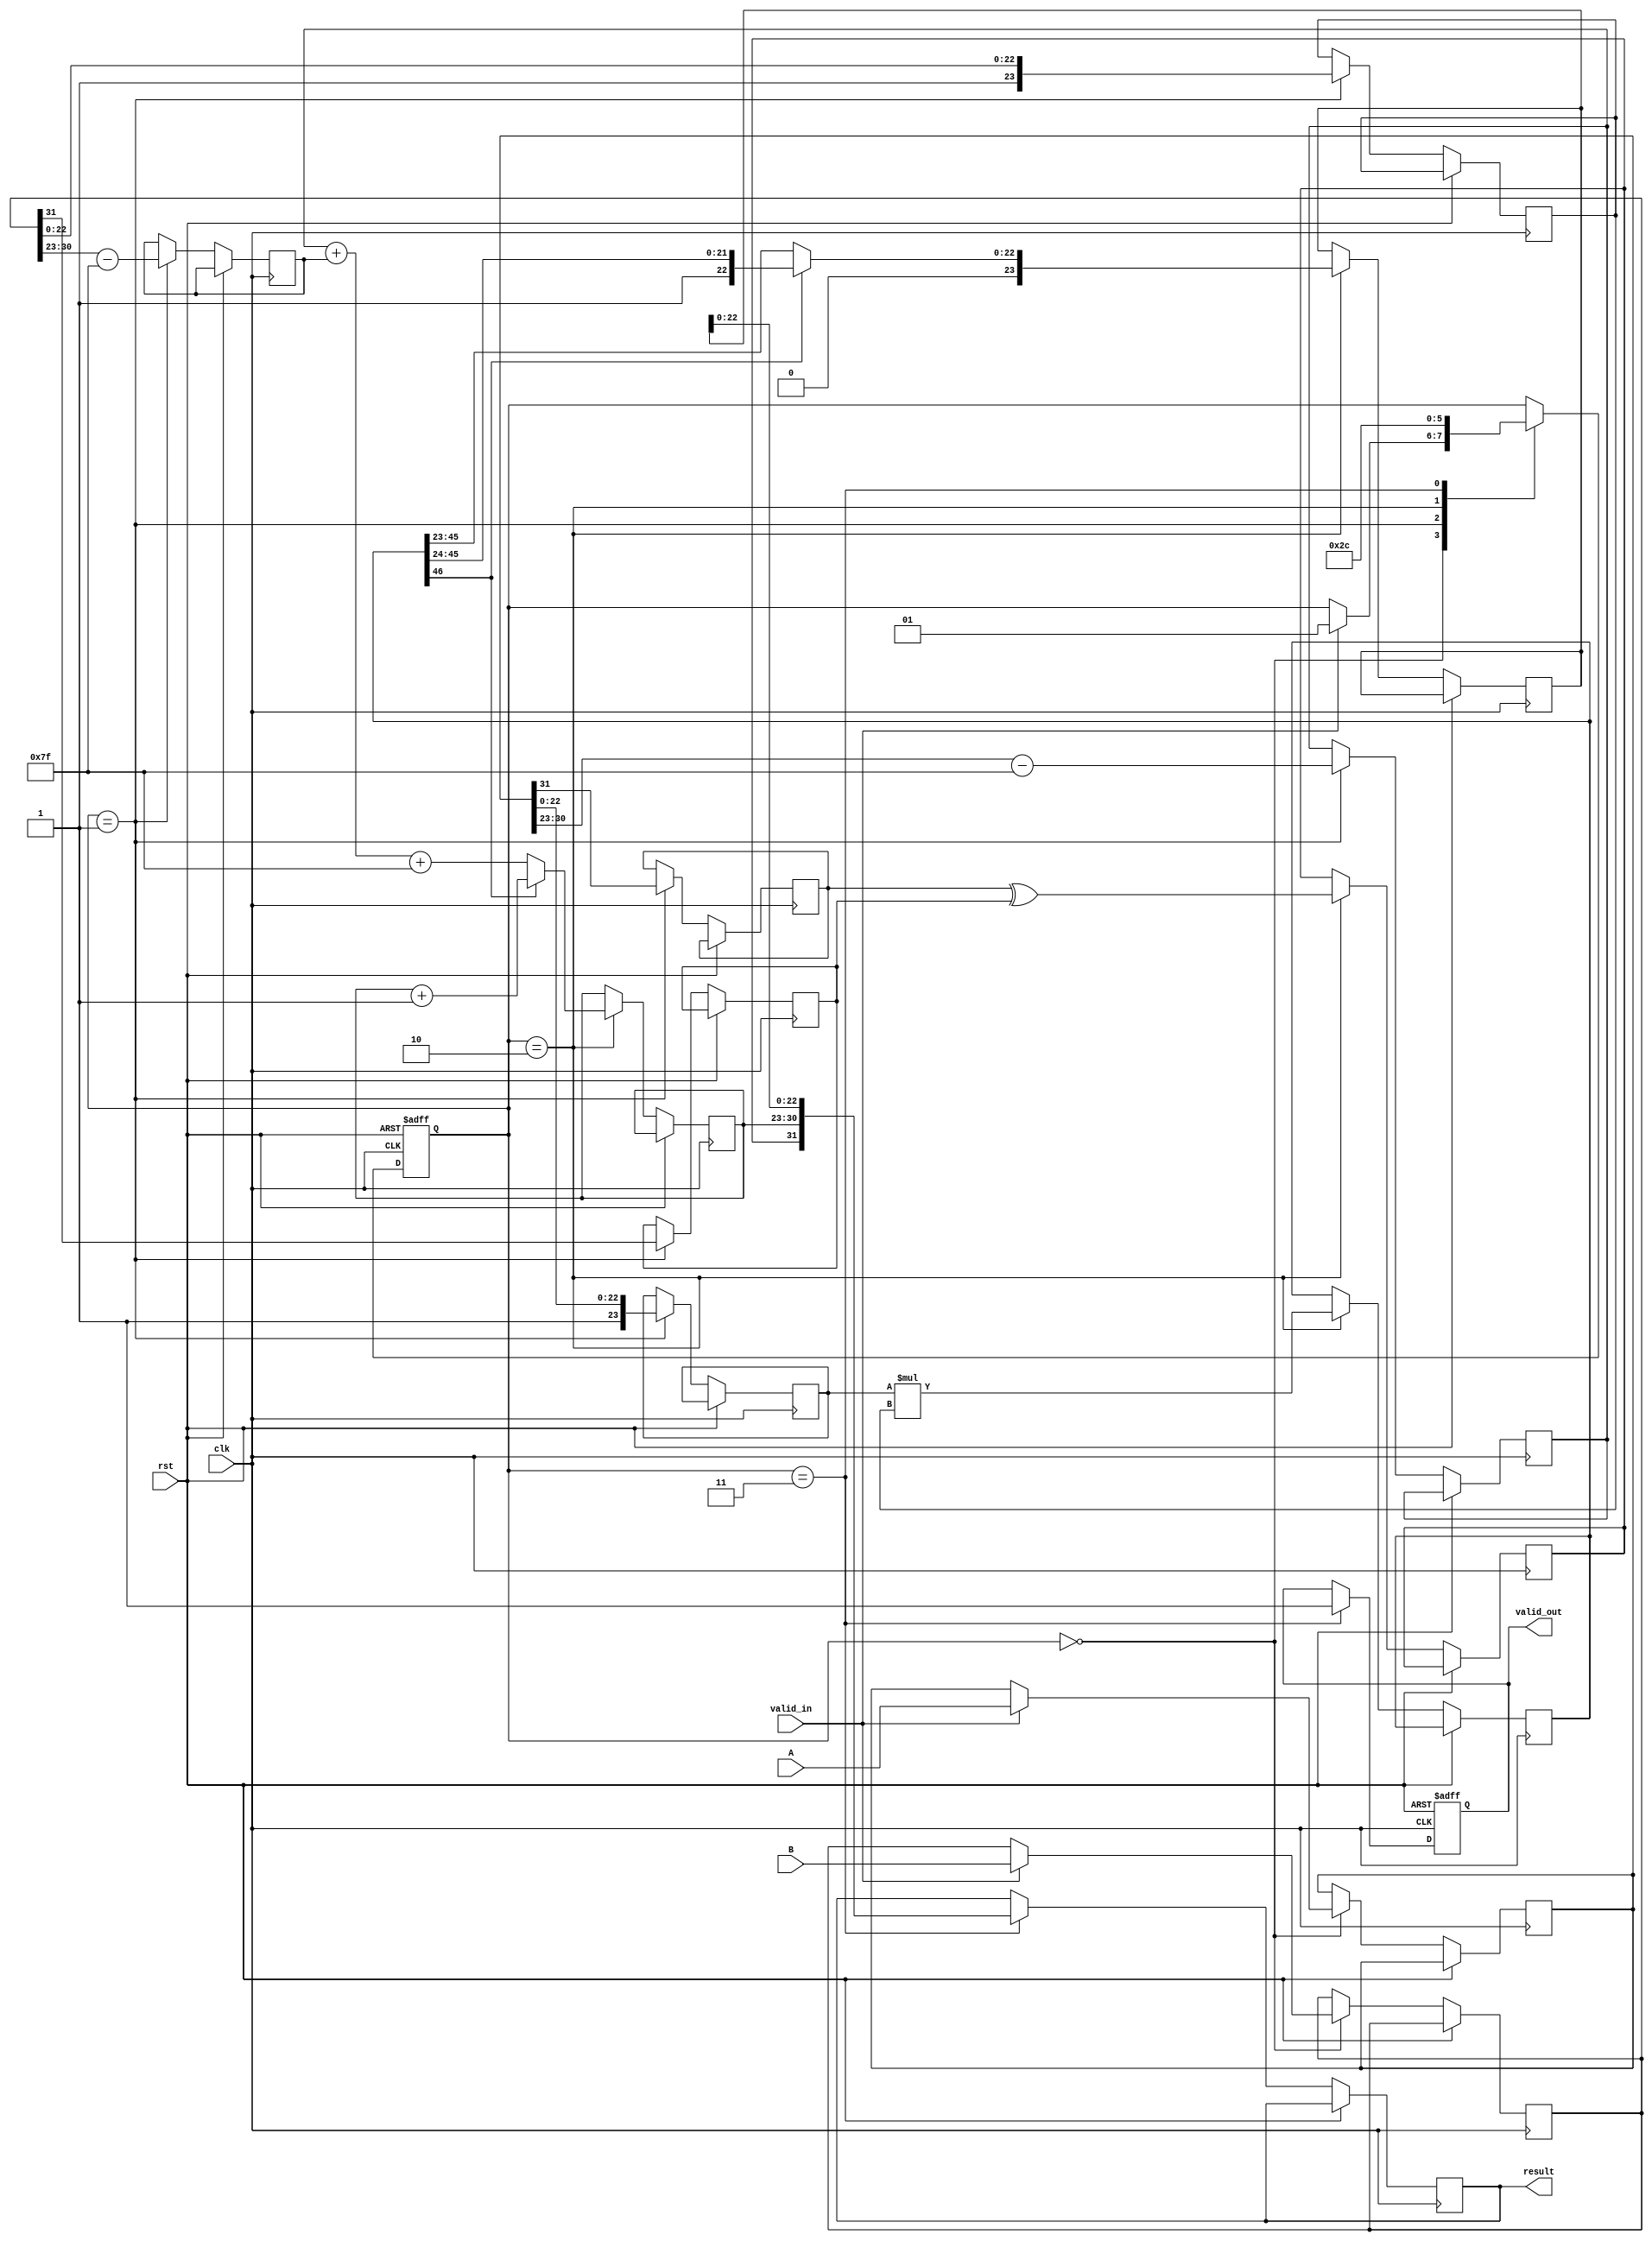
module pipelined_fp_multiplier (
    input clk,
    input rst,
    input valid_in,
    input [31:0] A, // First floating-point operand
    input [31:0] B, // Second floating-point operand
    output reg valid_out,
    output reg [31:0] result // Resulting floating-point product
);

    // Pipeline registers
    reg [31:0] A_reg, B_reg;
    reg [7:0] exp_A, exp_B, exp_result;
    reg [23:0] mant_A, mant_B, mant_result;
    reg sign_A, sign_B, sign_result;
    reg [46:0] mant_product; // 23 + 23 + 1 for overflow
    reg [4:0] shift_amount; // For normalization
    reg [1:0] state; // FSM state

    // State encoding
    localparam IDLE = 2'b00,
               INPUT = 2'b01,
               MULTIPLY = 2'b10,
               OUTPUT = 2'b11;

    // Control logic for state transitions
    always @(posedge clk or posedge rst) begin
        if (rst) begin
            state <= IDLE;
            valid_out <= 0;
        end else begin
            case (state)
                IDLE: begin
                    if (valid_in) begin
                        A_reg <= A;
                        B_reg <= B;
                        state <= INPUT;
                    end
                end
                INPUT: begin
                    // Extract sign, exponent, and mantissa
                    sign_A <= A_reg[31];
                    exp_A <= A_reg[30:23] - 8'd127; // Remove bias
                    mant_A <= {1'b1, A_reg[22:0]}; // Implicit leading 1

                    sign_B <= B_reg[31];
                    exp_B <= B_reg[30:23] - 8'd127; // Remove bias
                    mant_B <= {1'b1, B_reg[22:0]}; // Implicit leading 1

                    state <= MULTIPLY;
                end
                MULTIPLY: begin
                    // Perform multiplication of mantissas
                    mant_product <= mant_A * mant_B;
                    exp_result <= exp_A + exp_B + 8'd127; // Add exponents and re-bias
                    sign_result <= sign_A ^ sign_B; // XOR for sign

                    // Normalize the mantissa
                    if (mant_product[46]) begin
                        mant_result <= mant_product[46:24]; // Shift right
                        exp_result <= exp_result + 1; // Increment exponent
                    end else begin
                        mant_result <= mant_product[45:23]; // Keep as is
                    end

                    state <= OUTPUT;
                end
                OUTPUT: begin
                    // Assemble the result
                    result <= {sign_result, exp_result[7:0], mant_result[22:0]};
                    valid_out <= 1; // Indicate valid output
                    state <= IDLE; // Go back to idle
                end
            endcase
        end
    end

endmodule